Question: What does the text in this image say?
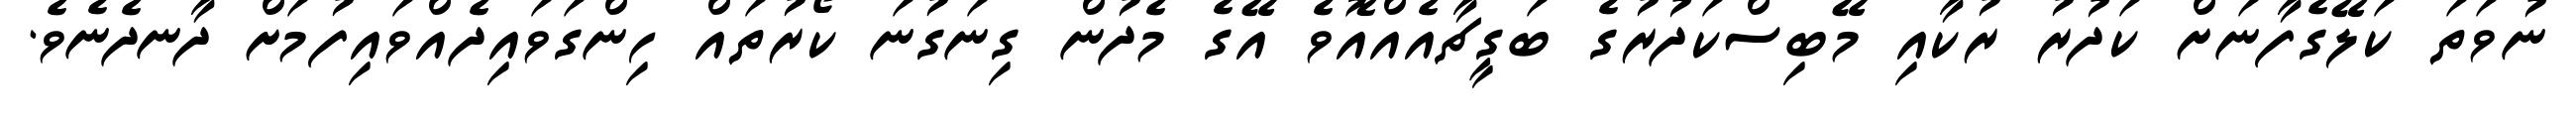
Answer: ނުވަތަ ކަލޭގެފާނަށް ކަދުރު ރުކާއި މޭބިސްކަދުރުގެ ބަގީޗާއެއްއޮވެ އޭގެ މެދުން ގިނަގުނަ ކޯރުތައް ހިންގަވައިދެއްވައިފުމަށް ދާނދެނެވެ.